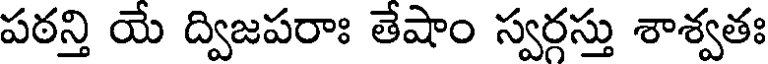
పఠన్తి యే ద్విజపరాః తేషాం స్వర్గస్తు శాశ్వతః